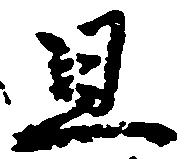
且